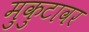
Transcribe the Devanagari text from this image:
मुकुटावर